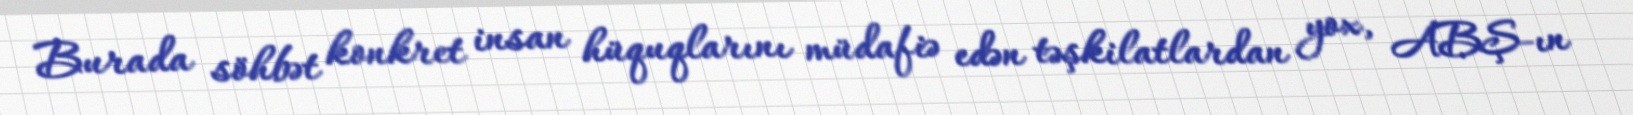
Burada söhbət konkret insan hüquqlarını müdafiə edən təşkilatlardan yox, ABŞ-ın